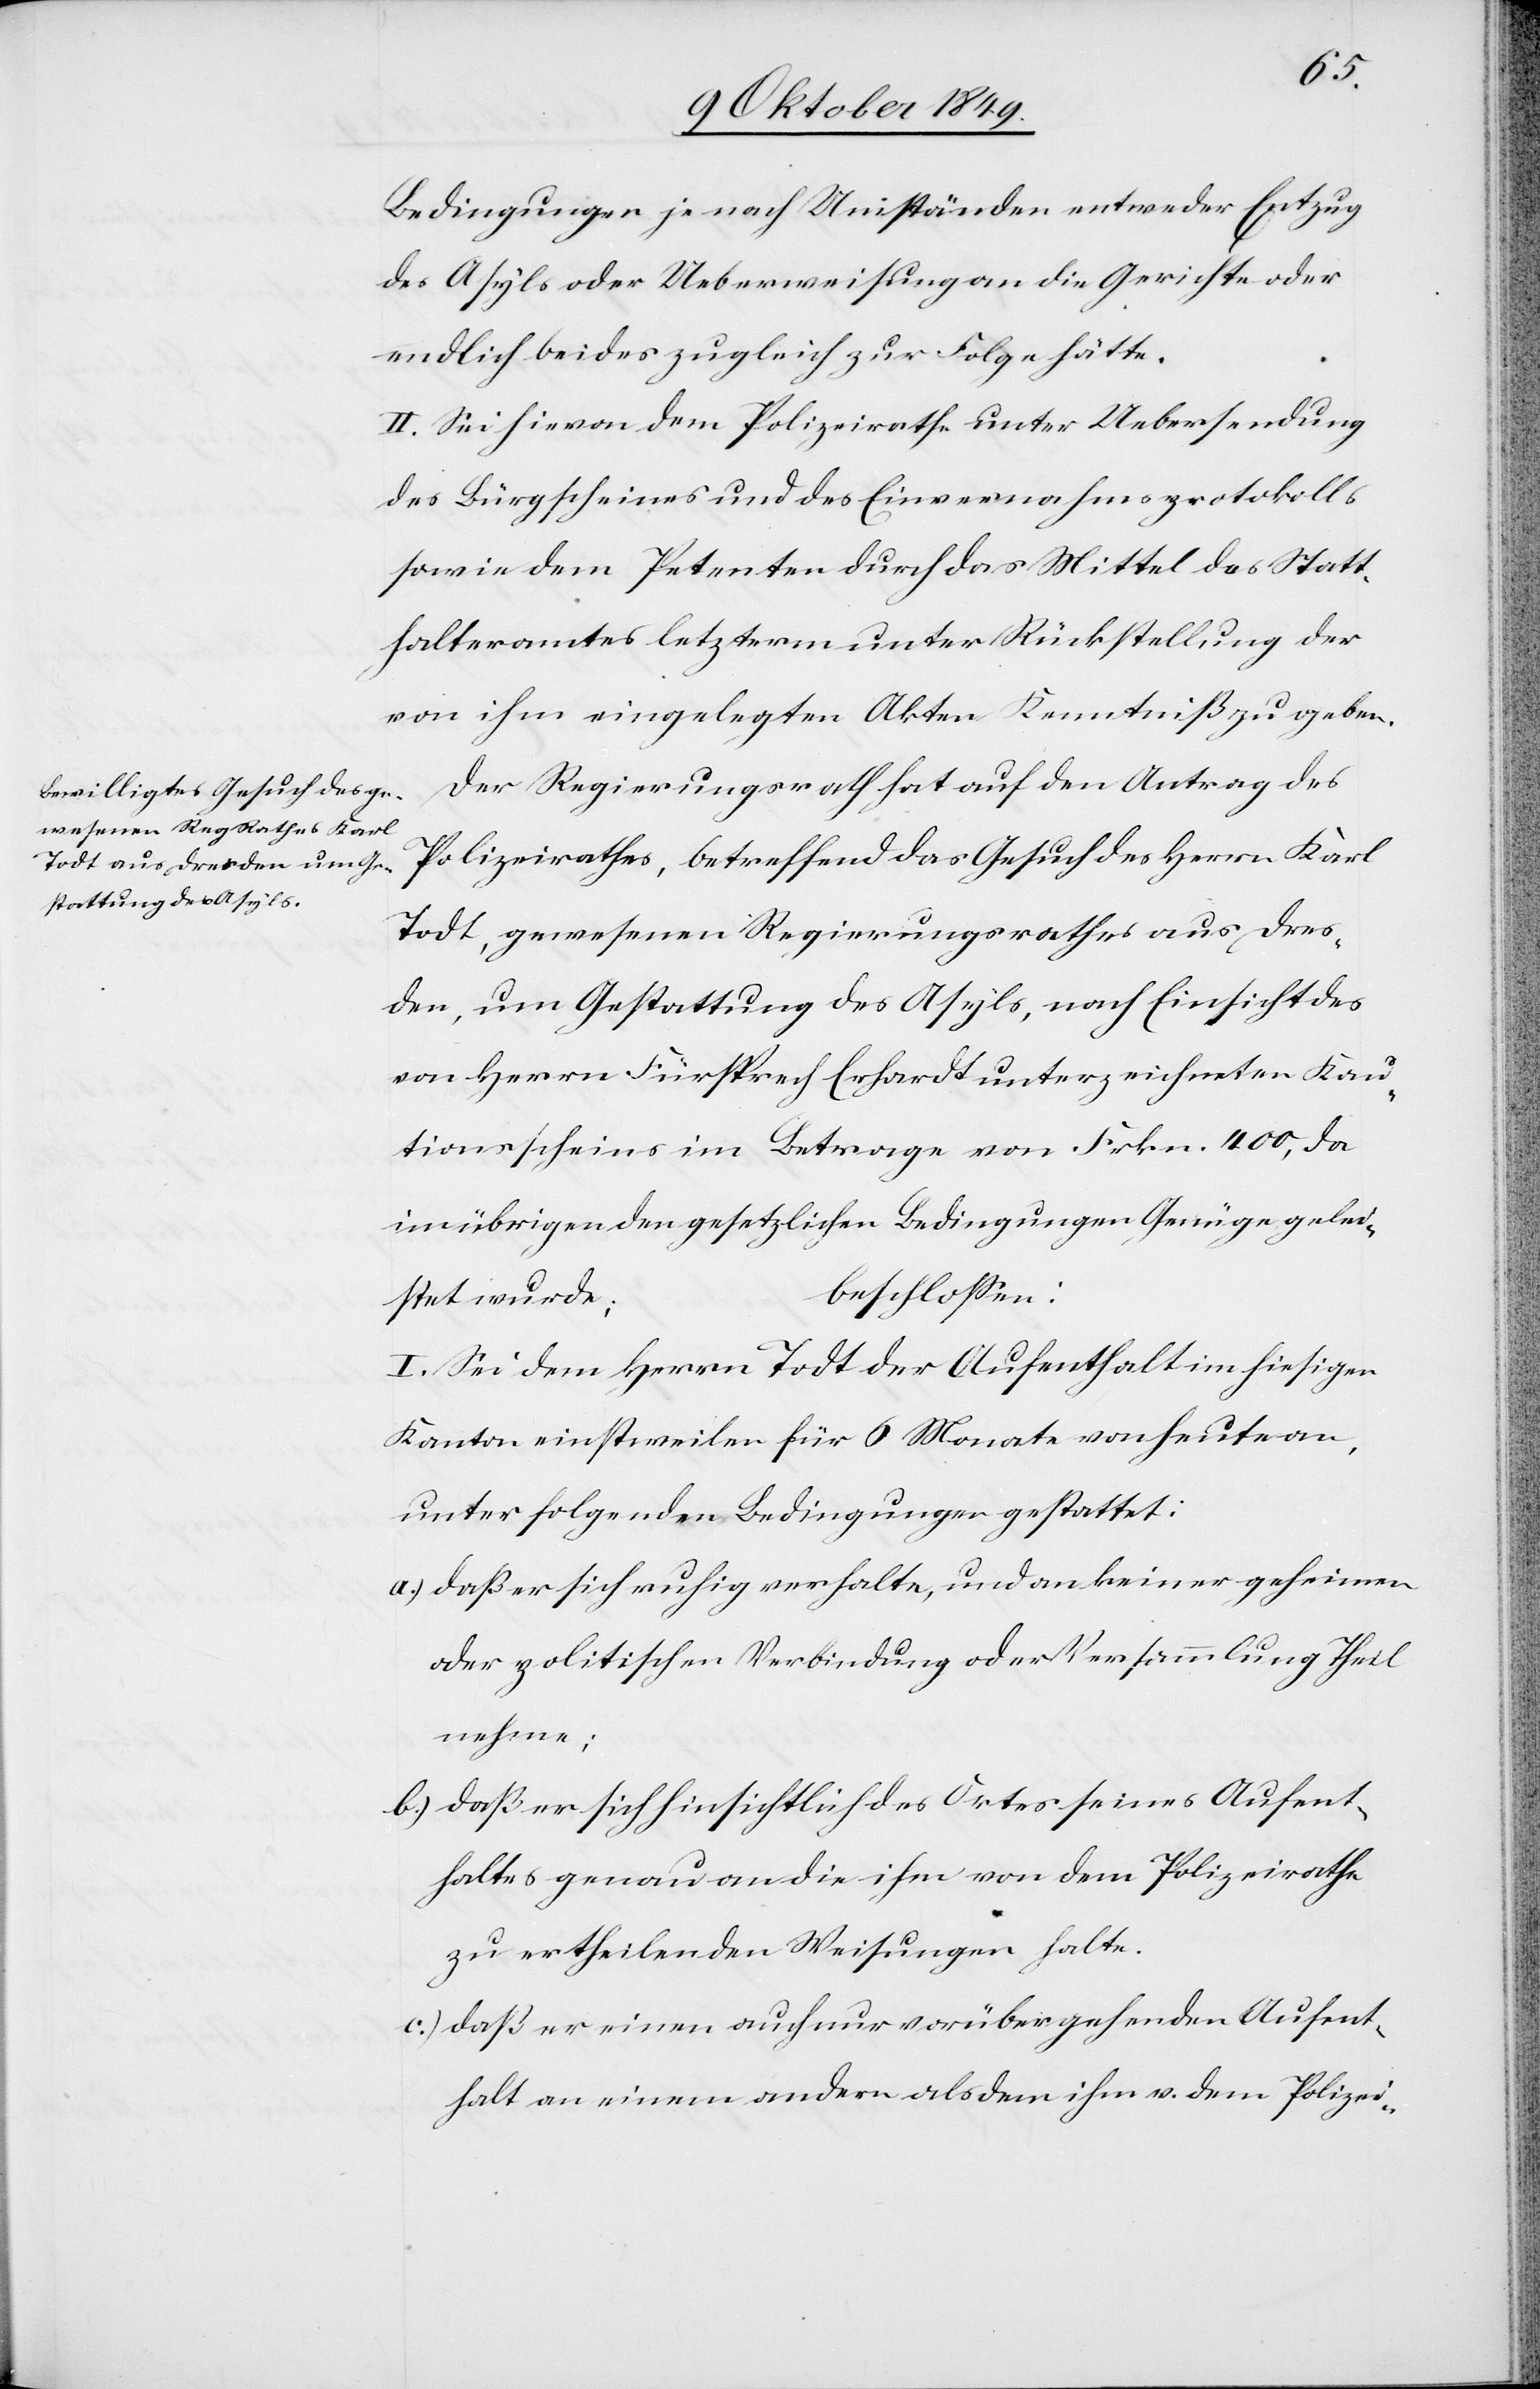
Bedingungen je nach Umständen entweder Entzug
des Asyls oder Ueberweisung an die Gerichte oder
endlich beides zugleich zur Folge hätte.
II. Sei hievon dem Polizeirathe unter Uebersendung
des Bürgscheines und des Einvernahmsprotokolls
sowie dem Petenten durch das Mittel des Statt¬
halteramtes letzterm unter Rückstellung der
von ihm eingelegten Akten Kenntniß zu geben.
Der Regierungsrath hat auf den Antrag des
Polizeirathes, betreffend das Gesuch des Herrn Karl
Todt, gewesenen Regierungsrathes aus Dres¬
den, um Gestattung des Asyls, nach Einsicht des
von Herrn Fürsprech Ehrhardt unterzeichneten Kau¬
tionsscheins im Betrage von Frkn. 400, da
im übrigen den gesetzlichen Bedingungen Genüge gelei¬
beschloßen:
stet wurde;
I. Sei dem Herrn Todt der Aufenthalt im hiesigen
Kanton einstweilen für 6 Monate von heute an,
unter folgenden Bedingungen gestattet:
a) daß er sich ruhig verhalte, und an keiner geheimen
oder politischen Verbindung oder Versammlung Theil
nehme;
b) daß er sich hinsichtlich des Ortes seines Aufent¬
haltes genau an die ihm von dem Polizeirathe
zu ertheilenden Weisungen halte.
c) daß er einen auch nur vorübergehenden Aufent¬
halt an einem andern als dem ihm v. dem Polizei-